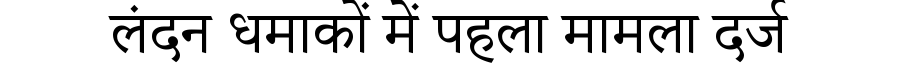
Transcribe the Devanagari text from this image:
लंदन धमाकों में पहला मामला दर्ज